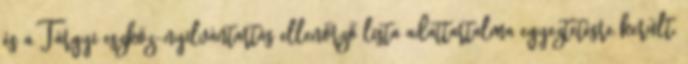
és a Tárgyi eszköz-nyilvántartás ellenőrző lista adattartalma egyeztetésre került.